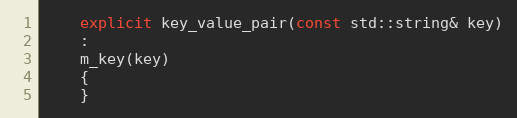
Language: C++
    explicit key_value_pair(const std::string& key)
    :
    m_key(key)
    {
    }